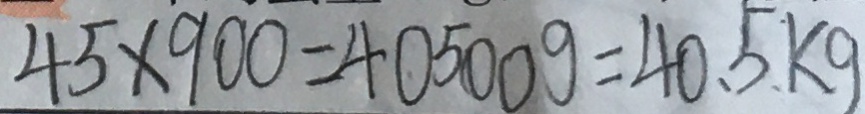
4 5 \times 9 0 0 = 4 0 5 0 0 g = 4 0 . 5 k g